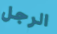
الرجل